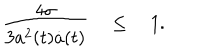
{ \frac { 4 \sigma } { 3 a ^ { 2 } ( t ) \dot { a } ( t ) } } \quad \le \quad 1 .